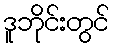
ဒူဘိုင်းတွင်